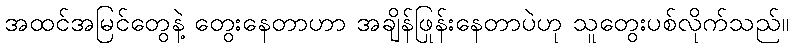
အထင်အမြင်တွေနဲ့ တွေးနေတာဟာ အချိန်ဖြုန်းနေတာပဲဟု သူတွေးပစ်လိုက်သည်။